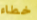
خطاء